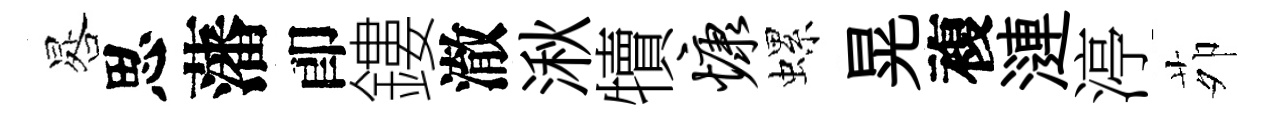
晷思藩卽鏤澈湫犢慷螺晃複漣渟茆